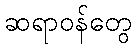
ဆရာဝန်တွေ